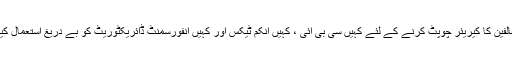
سیاسی مخالفین کا کیریئر چوپٹ کرنے کے لئے کہیں سی بی آئی ، کہیں انکم ٹیکس اور کہیں انفورسمنٹ ڈائریکٹوریٹ کو بے دریغ استعمال کیاجارہاہے۔